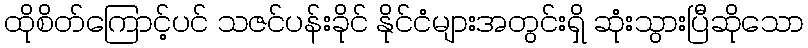
ထိုစိတ်ကြောင့်ပင် သဇင်ပန်းခိုင် နိုင်ငံများအတွင်းရှိ ဆုံးသွားပြီဆိုသော